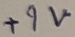
Text: +9V